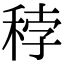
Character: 𥞳